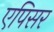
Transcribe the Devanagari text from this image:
एपिसर